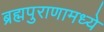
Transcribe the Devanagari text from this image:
ब्रह्मपुराणामध्ये